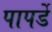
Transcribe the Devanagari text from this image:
पापर्डे